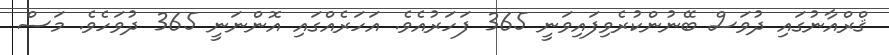
ޤްރްއާނުގައި ދުވަސް ބޭނުންކުރެވިފައިވަނީ 365 ފަހަރުއެވެ. އަހަރެއްގައި އޮންނަނީ 365 ދުވަހެވެ. މަސް